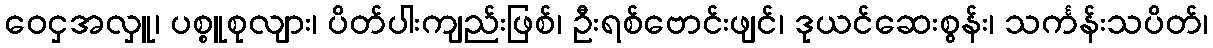
ဝေငှအလှူ၊ ပစ္စူစုလျား၊ ပိတ်ပါးကျည်းဖြစ်၊ ဦးရစ်ဗောင်းဖျင်၊ ဒုယင်ဆေးစွန်း၊ သင်္ကန်းသပိတ်၊